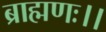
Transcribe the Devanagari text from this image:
ब्राह्मणः।।